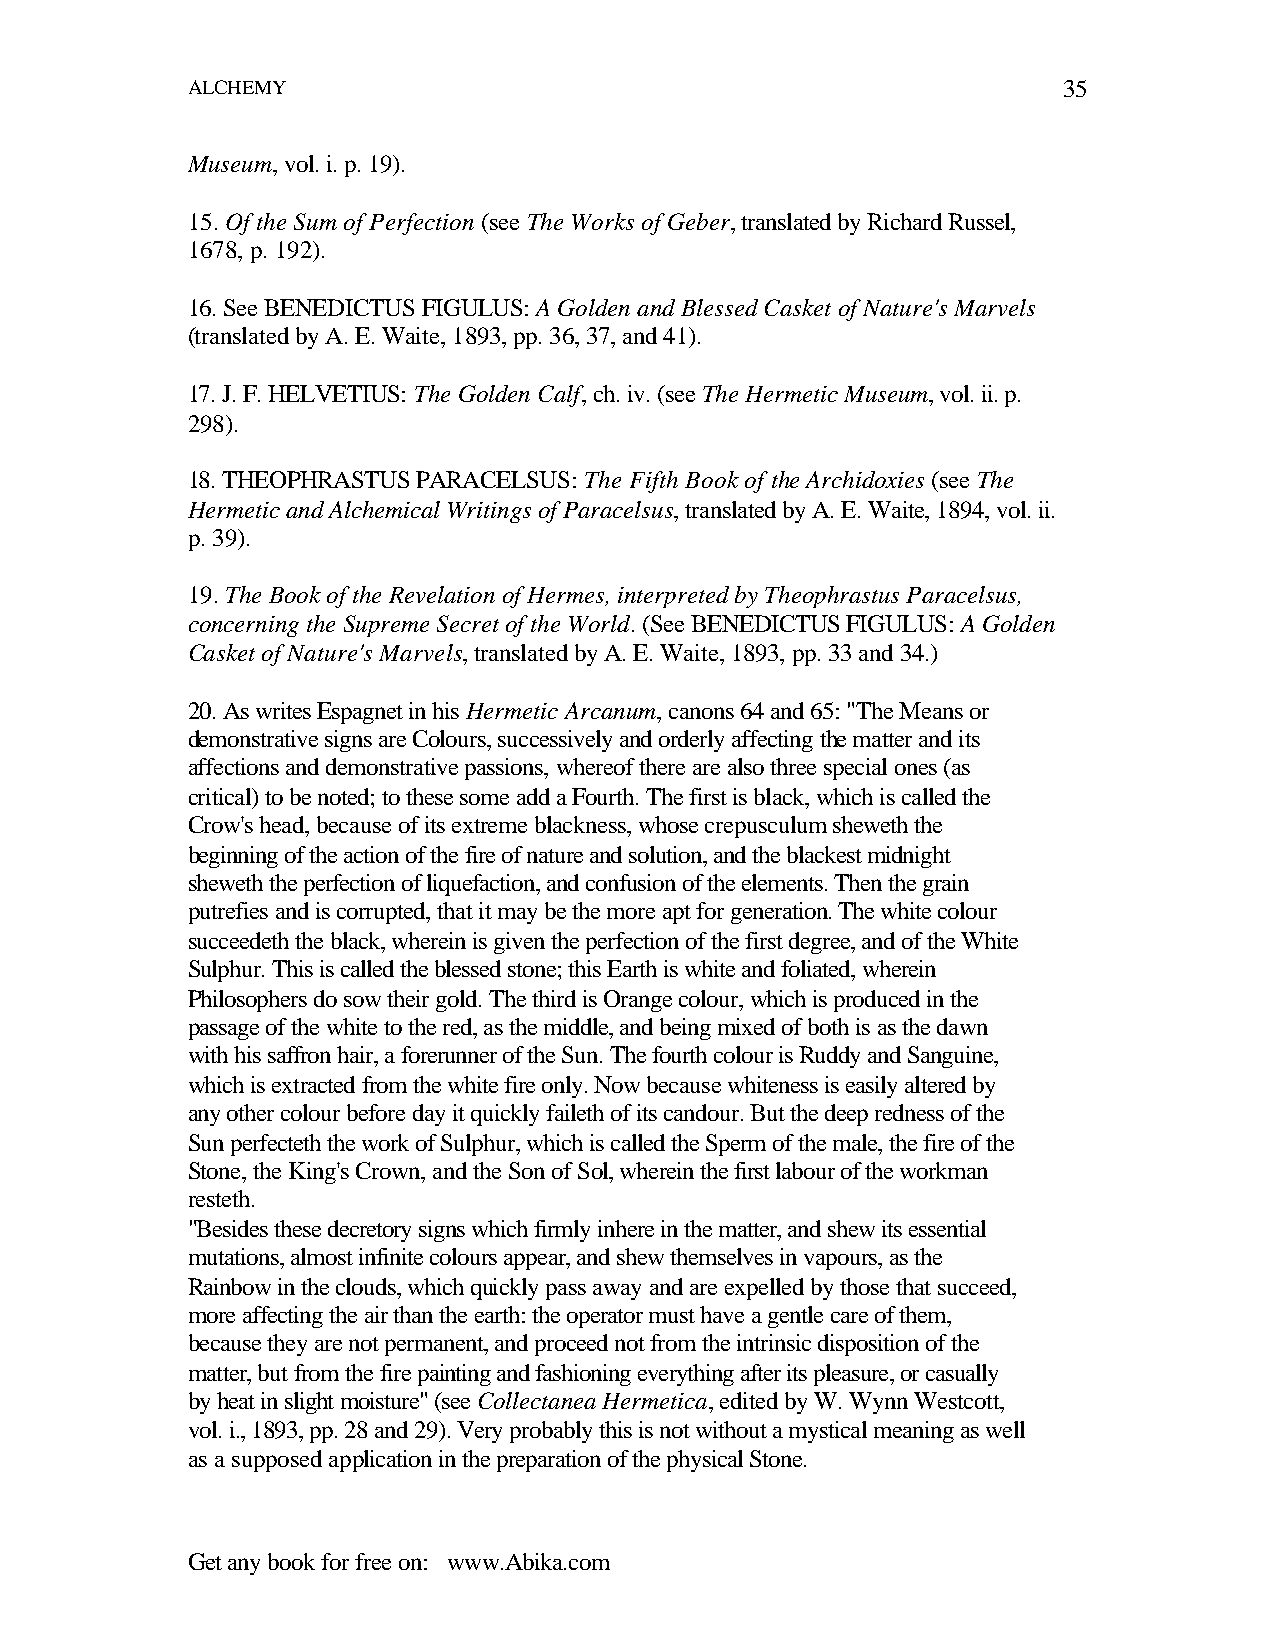
ALCHEMY                                                   35
 Museum, vol. i. p. 19).
 15. Of the Sum of Perfection (see The Works of Geber, translated by Richard Russel,
 1678, p. 192).
 16. See BENEDICTUS FIGULUS: A Golden and Blessed Casket of Nature's Marvels
 (translated by A. E. Waite, 1893, pp. 36, 37, and 41).
 17. J. F. HELVETIUS: The Golden Calf, ch. iv. (see The Hermetic Museum, vol. ii. p.
 298).
 18. THEOPHRASTUS PARACELSUS: The Fifth Book of the Archidoxies (see The
 Hermetic and Alchemical Writings of Paracelsus, translated by A. E. Waite, 1894, vol. ii.
 p. 39).
 19. The Book of the Revelation of Hermes, interpreted by Theophrastus Paracelsus,
 concerning the Supreme Secret of the World. (See BENEDICTUS FIGULUS: A Golden
 Casket of Nature's Marvels, translated by A. E. Waite, 1893, pp. 33 and 34.)
 20. As writes Espagnet in his Hermetic Arcanum, canons 64 and 65: "The Means or
 demonstrative signs are Colours, successively and orderly affecting the matter and its
 affections and demonstrative passions, whereof there are also three special ones (as
 critical) to be noted; to these some add a Fourth. The first is black, which is called the
 Crow's head, because of its extreme blackness, whose crepusculum sheweth the
 beginning of the action of the fire of nature and solution, and the blackest midnight
 sheweth the perfection of liquefaction, and confusion of the elements. Then the grain
 putrefies and is corrupted, that it may be the more apt for generation. The white colour
 succeedeth the black, wherein is given the perfection of the first degree, and of the White
 Sulphur. This is called the blessed stone; this Earth is white and foliated, wherein
 Philosophers do sow their gold. The third is Orange colour, which is produced in the
 passage of the white to the red, as the middle, and being mixed of both is as the dawn
 with his saffron hair, a forerunner of the Sun. The fourth colour is Ruddy and Sanguine,
 which is extracted from the white fire only. Now because whiteness is easily altered by
 any other colour before day it quickly faileth of its candour. But the deep redness of the
 Sun perfecteth the work of Sulphur, which is called the Sperm of the male, the fire of the
 Stone, the King's Crown, and the Son of Sol, wherein the first labour of the workman
 resteth.
 "Besides these decretory signs which firmly inhere in the matter, and shew its essential
 mutations, almost infinite colours appear, and shew themselves in vapours, as the
 Rainbow in the clouds, which quickly pass away and are expelled by those that succeed,
 more affecting the air than the earth: the operator must have a gentle care of them,
 because they are not permanent, and proceed not from the intrinsic disposition of the
 matter, but from the fire painting and fashioning everything after its pleasure, or casually
 by heat in slight moisture" (see Collectanea Hermetica, edited by W. Wynn Westcott,
 vol. i., 1893, pp. 28 and 29). Very probably this is not without a mystical meaning as well
 as a supposed application in the preparation of the physical Stone.
 Get any book for free on: www.Abika.com